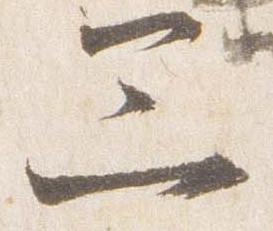
三